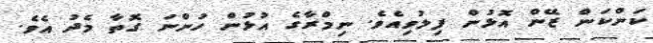
ކަންކަން ޒޭން އޮޅުން ފިލުވިއެވެ. ނިމްރާގެ އުޅުން ހުންނަ ގޮތާ މެދު އެވެ.